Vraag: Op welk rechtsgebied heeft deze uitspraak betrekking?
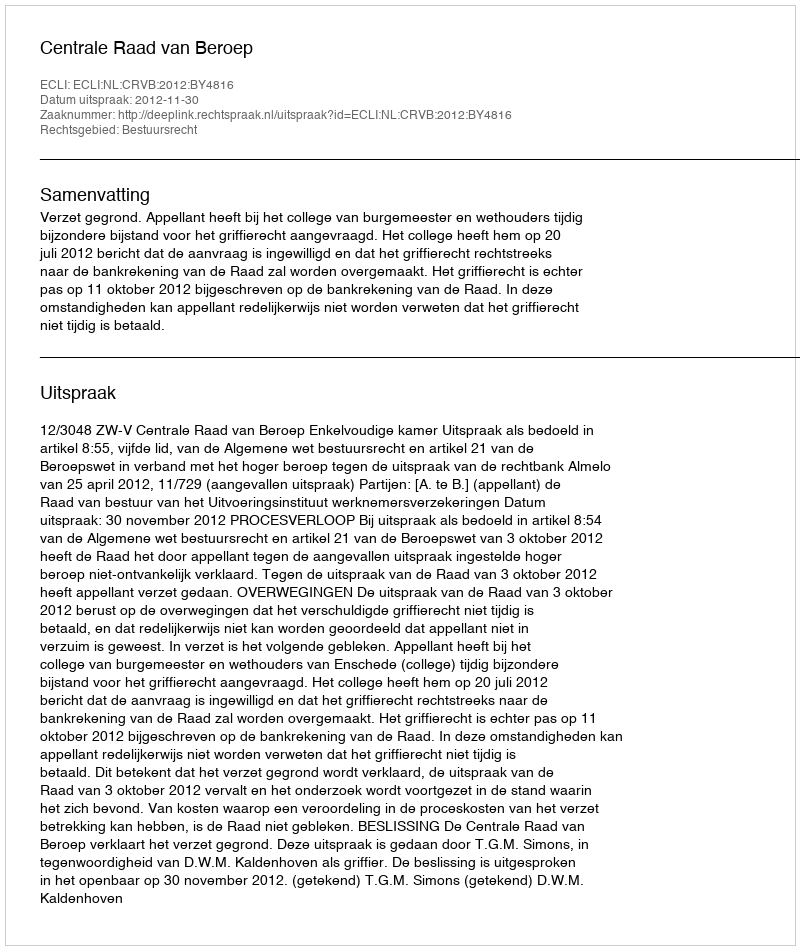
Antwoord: Bestuursrecht